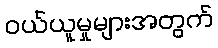
ဝယ်ယူမှုများအတွက်